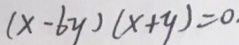
( x - 6 y ) ( x + y ) = 0